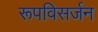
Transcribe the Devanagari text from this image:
रूपविसर्जन